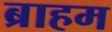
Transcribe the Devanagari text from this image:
ब्राहम